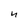
Character: n